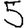
Digit: 5